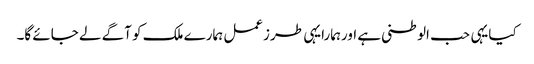
کیایہی حب الوطنی ہے اورہمارایہی طرزعمل ہمارے ملک کو آگے لے جائے گا۔